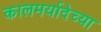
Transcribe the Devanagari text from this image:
कालमर्यादेच्या